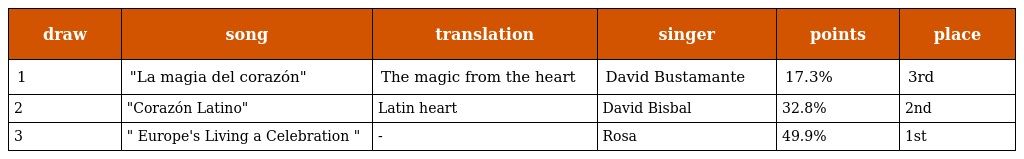
| draw | song | translation | singer | points | place |
 | --- | --- | --- | --- | --- | --- |
 | 1 | "La magia del corazón" | The magic from the heart | David Bustamante | 17.3% | 3rd |
 | 2 | "Corazón Latino" | Latin heart | David Bisbal | 32.8% | 2nd |
 | 3 | " Europe's Living a Celebration " | - | Rosa | 49.9% | 1st |